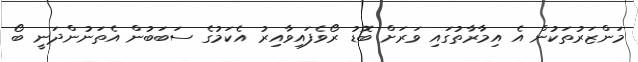
މަންޒަރުތަކުން އެ އިމާރާތުގައި ވަރަށް ބޮޑު ރޯވެފައިވާއިރު އެކަމުގެ ސަބަބުން އެތަނުންދަނީ ބޯ